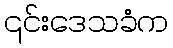
၎င်းဒေသခံက